Scientific memoirs by medical officers of the Army of India - Part XI,
Year: 1898
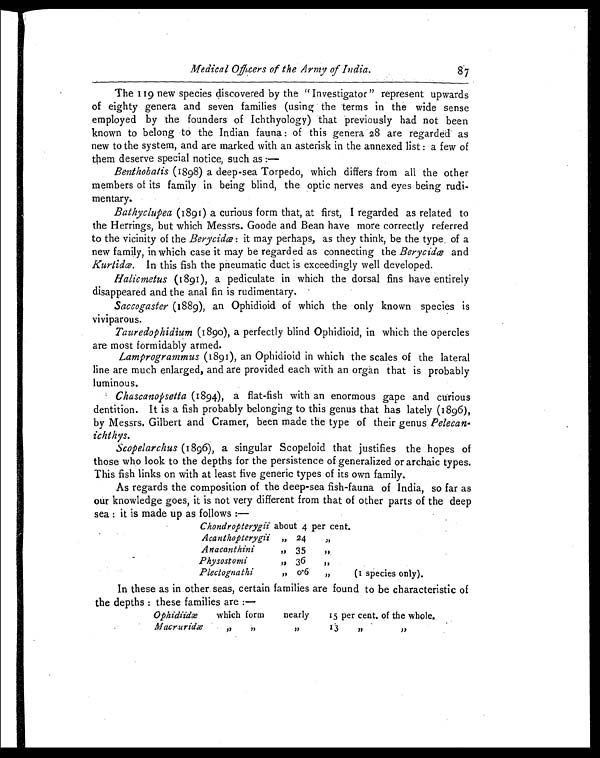
Medical Officers of the Army of India.
8.7
The 119 new species discovered by the "Investigator" represent upwards
of eighty genera and seven families (using the terms in the wide sense
employed by the founders of Ichthyology) that previously had not been
known to belong to the Indian fauna : of this genera 28 are regarded as
new to the system, and are marked with an asterisk in the annexed list: a few of
them deserve special notice, such as:—
Benthobatis (1898) a deep-sea Torpedo, which differs from all the other
members of its family in being blind, the optic nerves and eyes being rudi-
mentary.
Bathyclupea (1891) a curious form that, at first, I regarded as related to
the Herrings, but which Messrs. Goode and Bean have more correctly referred
to the vicinity of the Berycidce : it may perhaps, as they think, be the type. of a
new family, in which case it may be regarded as connecting the Berycidœ and
Kurtidœ. In this fish the pneumatic duct is exceedingly well developed.
Halicmetus (1891), a pediculate in which the dorsal fins have entirely
disappeared and the anal fin is rudimentary.
Saccogaster (1889), an Ophidioid of which the only known species is
viviparous.
Tauredophidium (1890), a perfectly blind Ophidioid, in which the opercles
are most formidably armed.
Lamprogrammus (1891), an Ophidioid in which the scales of the lateral
line are much enlarged, and are provided each with an organ that is probably
luminous.
Chascanopsetta (1894), a flat-fish with' an enormous gape and curious
dentition. It is a fish probably belonging to this genus that has lately (1896),
by Messrs. Gilbert and Cramer, been made the type of their genus Pelecan-
ichthys.
Scopelarchus (1896), a singular Scopeloid that justifies the hopes of
those who look to the depths for the persistence of generalized or archaic types.
This fish links on with at least five generic types of its own family.
As regards the composition of the deep-sea fish-fauna of India, so far as
our knowledge goes, it is not very different from that of other parts of the deep
sea: it is made up as follows :—
Chondropterygii about 4 per cent.
Acanthopterygii „ 24
„
Anacanthini
„
35
„
Physostomi
„
36
„
Plectognathi
,, o.6
„
(I species only).
In these as in other seas, certain families are found to be characteristic of
the depths: these families are:—
Ophidiidæ.
which form
nearly
15 per cent, of the whole.,
Macruridæ
,,
,,
„
13
„ „